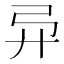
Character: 𫸦